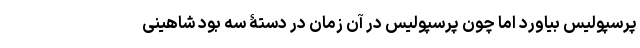
پرسپولیس بیاورد اما چون پرسپولیس در آن زمان در دستۀ سه بود شاهینی